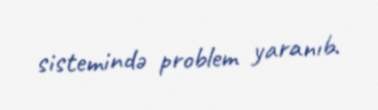
sistemində problem yaranıb.